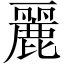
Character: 麗